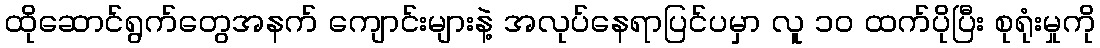
ထိုဆောင်ရွက်တွေအနက် ကျောင်းများနဲ့ အလုပ်နေရာပြင်ပမှာ လူ ၁၀ ထက်ပိုပြီး စုရုံးမှုကို